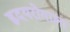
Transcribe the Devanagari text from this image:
हृदयरोगाला